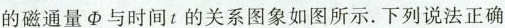
的磁通量\Phi与时间t的关系图象如图所示。下列说法正确